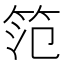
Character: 笵